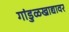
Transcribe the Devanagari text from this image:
गांडुळखाद्यावर